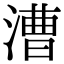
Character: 漕